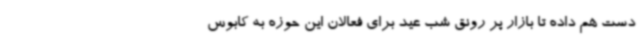
دست هم داده تا بازار پر رونق شب عید برای فعالان این حوزه به کابوس